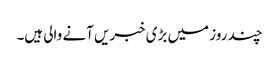
چند روز میں بڑی خبریں آنے والی ہیں۔